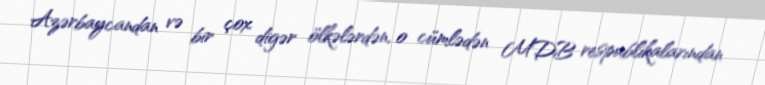
Azərbaycandan və bir çox digər ölkələrdən, o cümlədən MDB respublikalarından